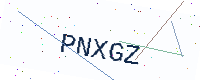
Text: PNXGZ